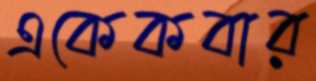
একেকবার